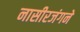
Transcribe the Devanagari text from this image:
नासीरजंगने